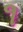
૧